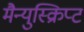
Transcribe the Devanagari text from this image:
मैन्युस्क्रिप्ट